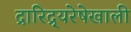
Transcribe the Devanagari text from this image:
द्रारिद्र्यरेषेखाली